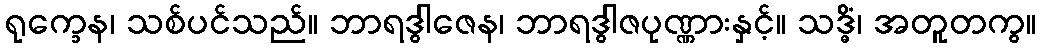
ရုက္ခေန၊ သစ်ပင်သည်။ ဘာရဒွါဇေန၊ ဘာရဒွါဇပုဏ္ဏားနှင့်။ သဒ္ဓိံ၊ အတူတကွ။